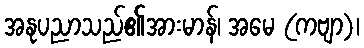
အနုပညာသည်၏အားမာန်၊ အမေ (ကဗျာ)၊